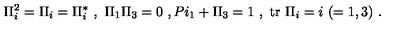
\Pi _ { i } ^ { 2 } = \Pi _ { i } = \Pi _ { i } ^ { * } \ , \ \Pi _ { 1 } \Pi _ { 3 } = 0 \ , P i _ { 1 } + \Pi _ { 3 } = 1 \ , \ \mathrm { t r } \ \Pi _ { i } = i \ ( = 1 , 3 ) \ .